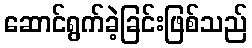
ဆောင်ရွက်ခဲ့ခြင်းဖြစ်သည်